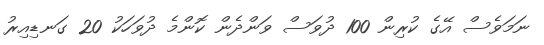
ނަމަވެސް އޭގެ ކުރިން 100 ދުވަސް ވަންދެން ކޮންމެ ދުވަހަކު 20 ގަނޑިއިރު